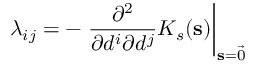
\lambda _ { i j } = - \left. \frac { \partial ^ { 2 } } { \partial d ^ { i } \partial d ^ { j } } K _ { s } ( \mathbf { s } ) \right| _ { \mathbf { s } = \vec { 0 } }